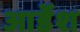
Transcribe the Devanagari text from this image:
आर्डेश